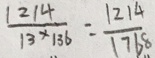
\frac { 1 2 1 4 } { 1 3 \times 1 3 6 } = \frac { 1 2 1 4 } { 1 7 6 8 }